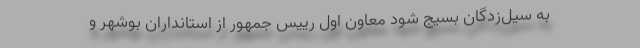
به سیل‌زدگان بسیج شود معاون اول رییس جمهور از استانداران بوشهر و